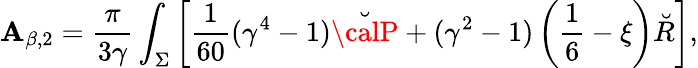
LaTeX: \mathbf{A}_{\beta,2}={\frac{{\pi}}{{3\gamma}}}\int_{\Sigma}\left[{\frac{{1}}{{60}}}(\gamma^{4}-1)\breve{{\calP}}+(\gamma^{2}-1)\left(\frac{1}{6}-\xi\right)\breve{{R}}\right],